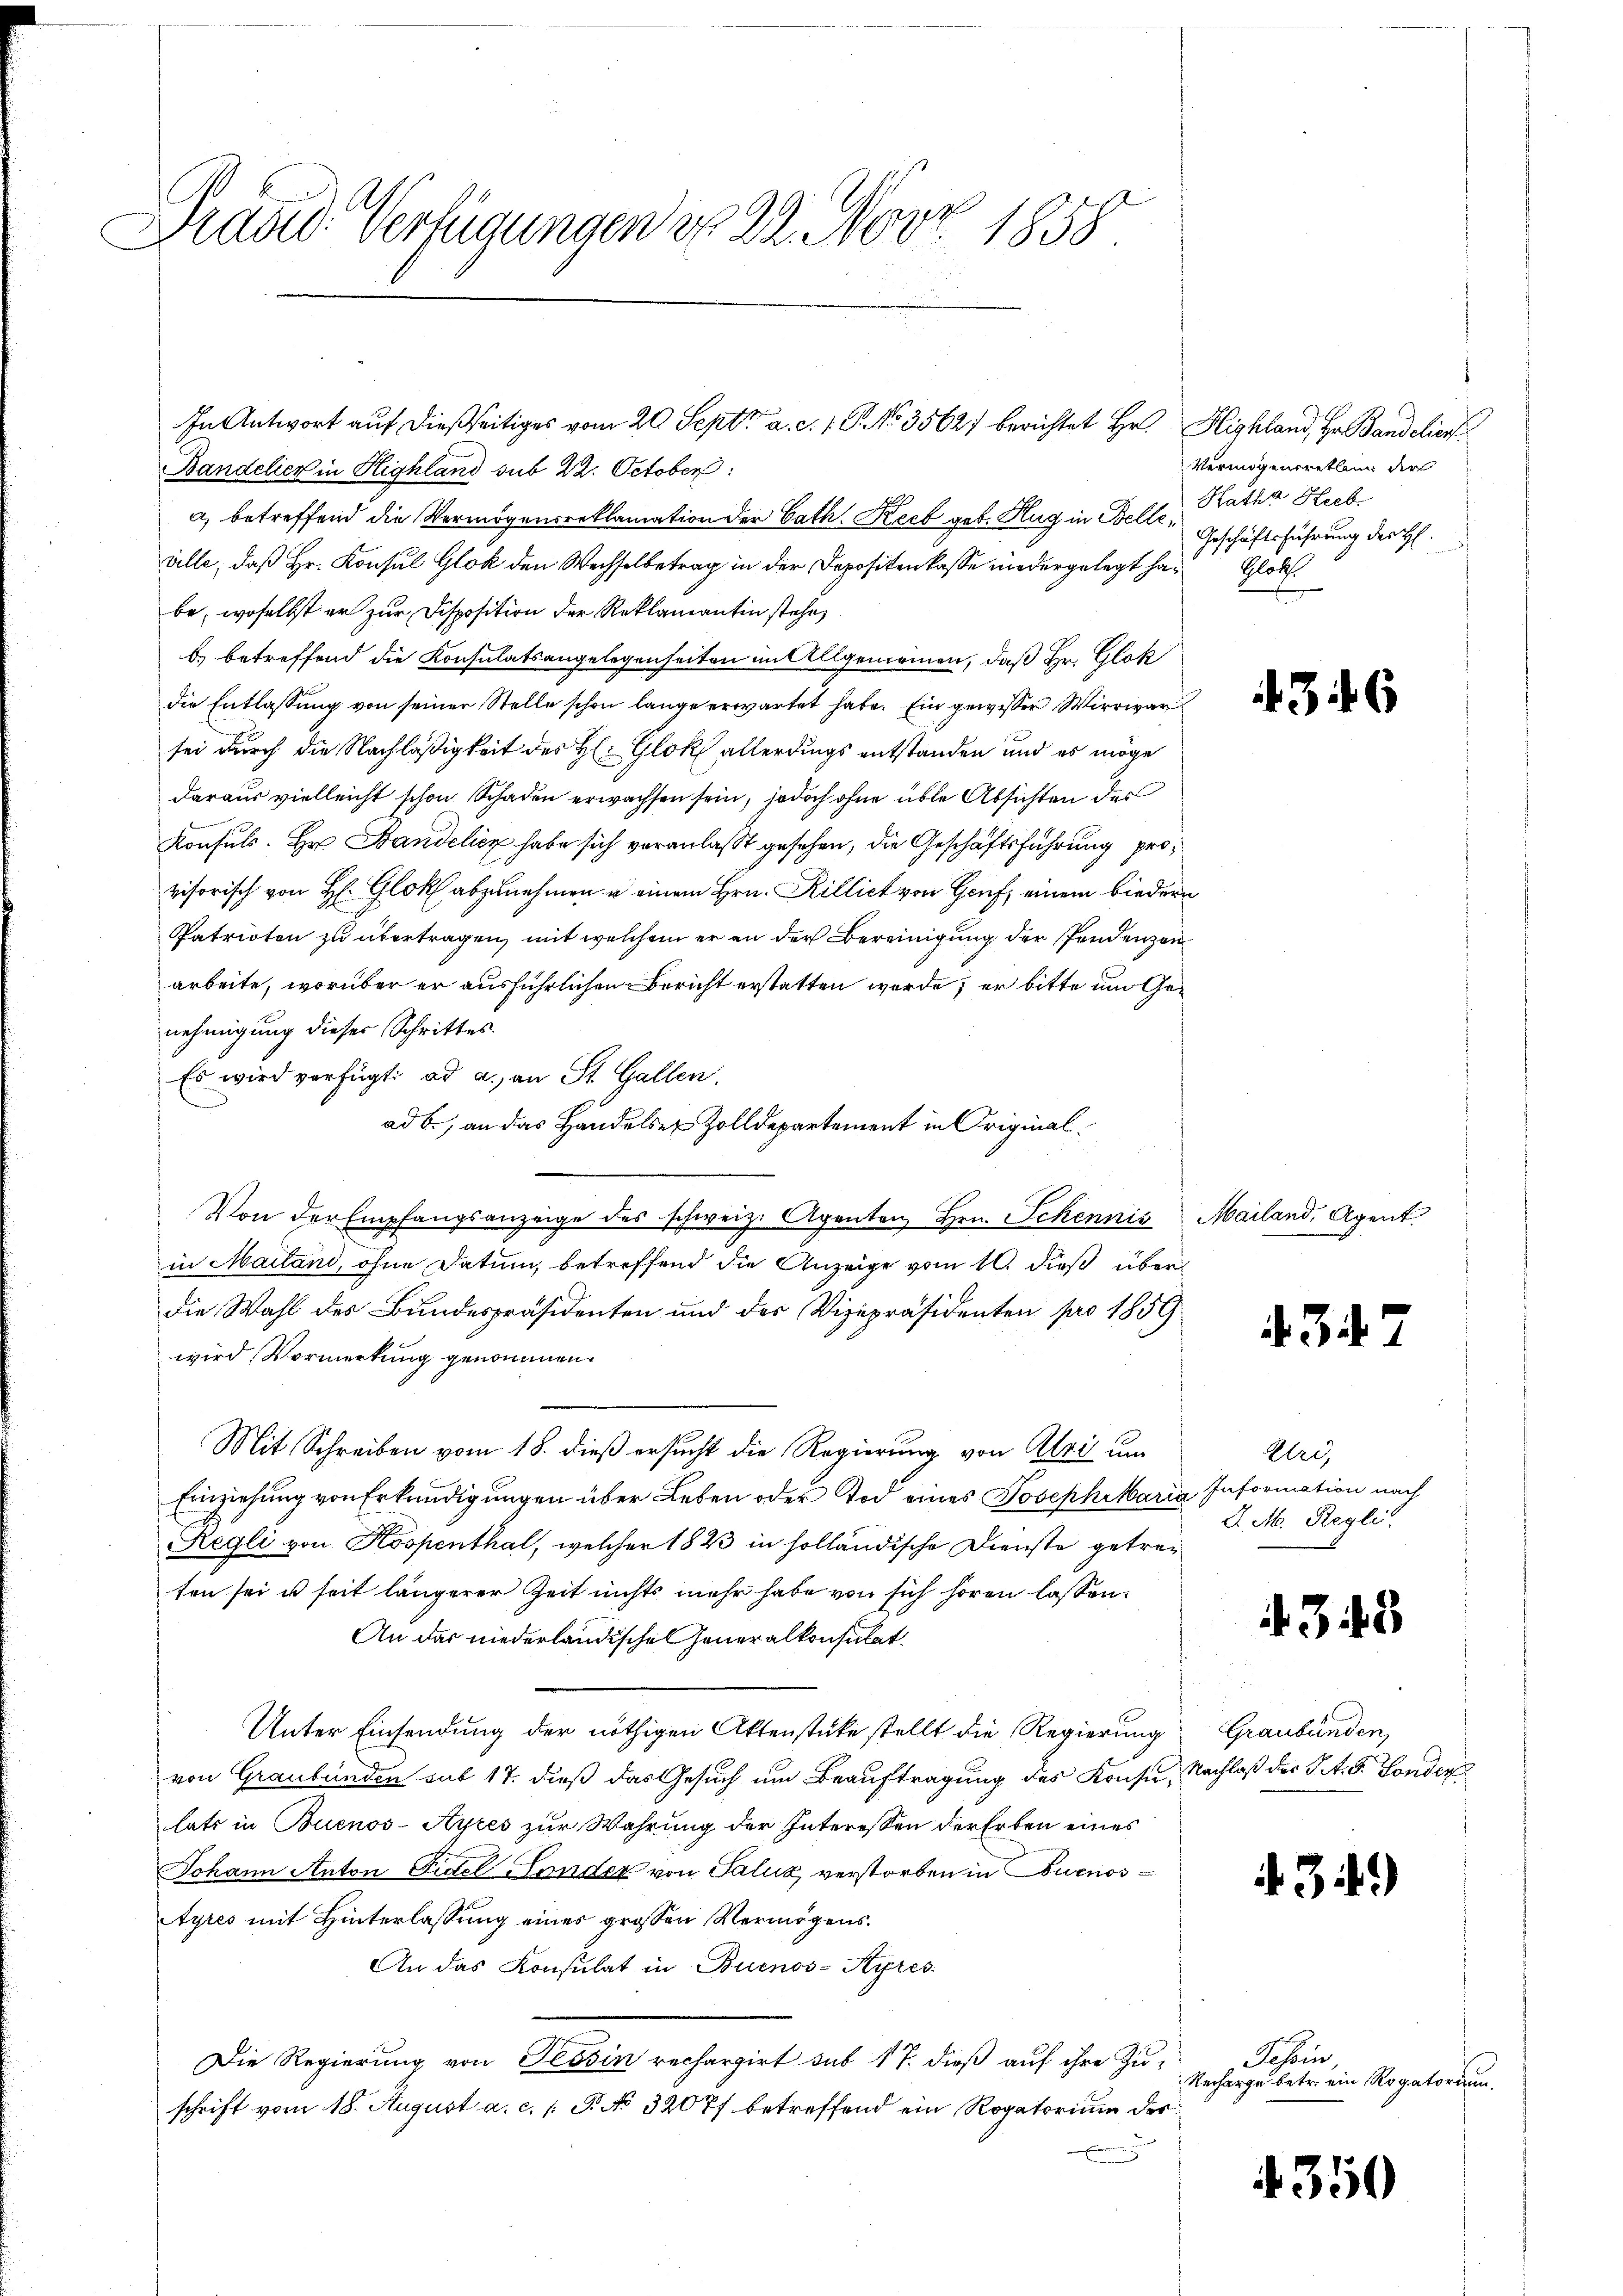
Brand Verfügungen d. 22. Nov. 1858

Bandelier in Highland sub 22. October
a) betreffend die Vermögensreklamation der Cath. Keeb geb. Hug in Bell Katha Herb
älle, daß Hr. Konsul Glok den Wechselbetrag in der Depositen lasse niedergelegt habe, woselbst er zur Disposition der Reklamantin stehe,
b) betreffend die Konsulatsangelegenheiten im Allgemeinen, daß Hr. Glok
die Entlassung von seiner Stelle schon lange erwartet habe. Ein gewisser Wirrwar
sei durch die Nachläßigkeit des H: Glok allerdings entstanden und es möge
daraus vielleicht schon Schaden erwachsen sein, jedoch ohne üble Absichten des
Konsuls. Hr. Bandelicz habe sich veranlaßt gesehen, die Geschäftsführung pro
visorisch von H. Glok abzunehmen u einem Hrn. Rillich von Genf, einem biedern
Patrioten zu übertragen, mit welchem er an der Bereinigung der Pendenzenarbeite, worüber er ausführlichen Bericht erstatten werde; er bitte im Genehmigung dieser Schrittes
Es wird verfügt ad a. an St. Gallen
ad b., an das Handelsen Zolldepartement in Original¬
Von der Empfangsanzeige des schweiz. Agenten Hrn. Schennis Mailand, Agent
in Mailand, ohne Datum, betreffend die Anzeige vom 10. dieß über
die Wahl des Bundespräsidenten und des Vizepräsidenten pro 1859
wird, Vormerkung genommen.
Mit Schreiben vom 18. dieß ersucht die Regierung von Ali um
Einziehung von Erkundigungen über Leben oder Tod eines Josephiaria Information nach
Regli von Kospenthal, welcher 1823 in holländische Dienste getreiten sei u seit längerer Zeit nichts mehr habe von sich hören lassen.
An das niederländische jeneralkonsulat
Unter Einsendung der nöthigen Aktenstüke stellt die Regierung Graubünden,
von Graubünden sub 17. dieß das Gesuch um Beauftragung des Konsu, Nachlaß des St. G. Fonders
lats in Buenos-Ayres zur Wahrung der Interessen der Erben eines
Johann Anton Fidel-Fonder von Salux verstorben in Buenos¬
Ayres mit Hinterlassung einer grossen Vermögens¬
An das Konsulat in Buenos-Ayres
Die Regierung von Tessin rechargirt sub 17. dieß auf ihre Zu-
schrift vom 18. August a. c. 1 P. No 32077 betreffend ein Rogatorium der

In Antwort auf dießseitiges vom 20. Sept. a. c. 1. P. No 3562) berichtet Hr. Highland, Hr. Bandelior

Vermögensretten der
Geschäftsführung der H
Gloth

3

s

2

Ulri
J. M. Regli

343

34.)

Jahin,
Recharge betr. ein Rogatorium

4350